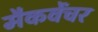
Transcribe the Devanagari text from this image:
मैकवेंचर